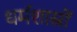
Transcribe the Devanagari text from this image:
धर्मशास्रों